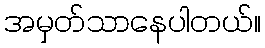
အမှတ်သာနေပါတယ်။